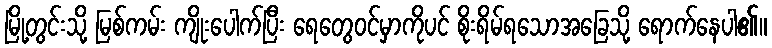
မြို့တွင်းသို့ မြစ်ကမ်း ကျိုးပေါက်ပြီး ရေတွေဝင်မှာကိုပင် စိုးရိမ်ရသောအခြေသို့ ရောက်နေပါ၏။